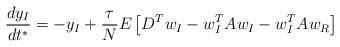
LaTeX: \begin{align*}\frac{dy_{I}}{dt^{\ast}}=-y_{I}+\frac{\tau}{N}E\left[ D^{T}w_{I}-w_{I}^{T}Aw_{I}-w_{I}^{T}Aw_{R}\right] \end{align*}